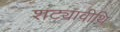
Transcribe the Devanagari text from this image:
शट्यावीथि